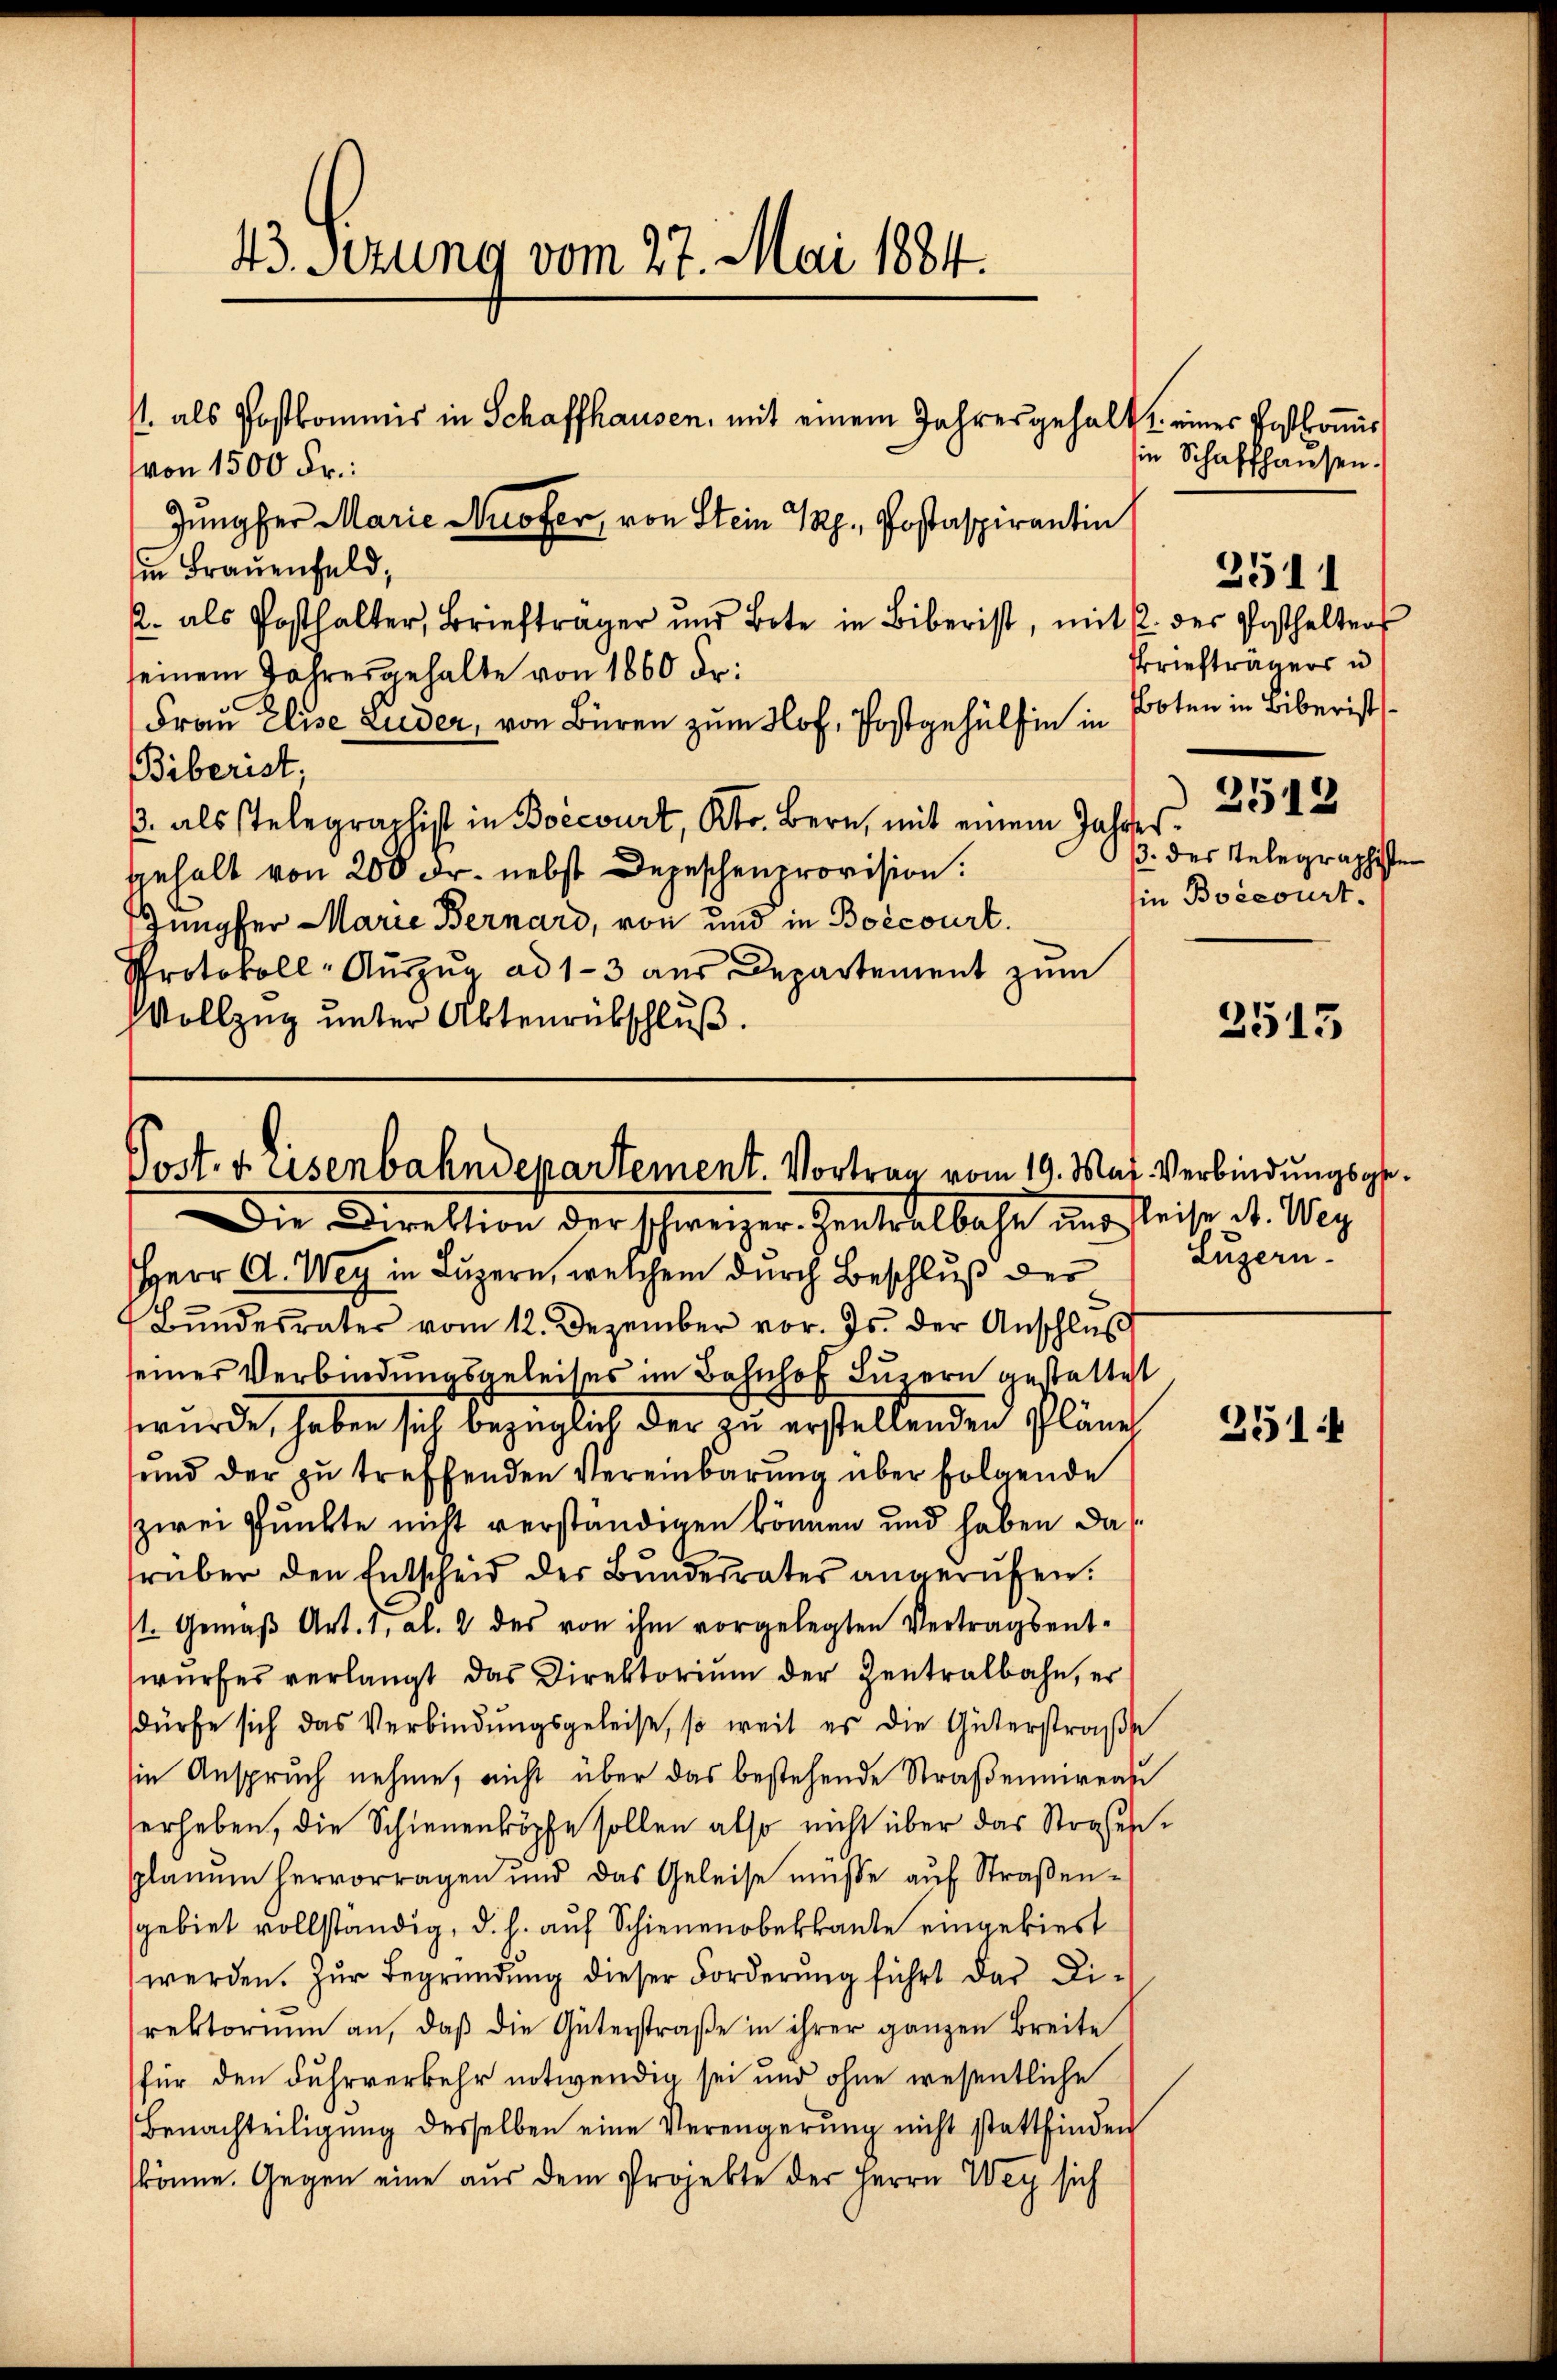
43. Sezung vom 27. Mai 1884.
/. als Postkommis in Schaffhausen, mit einem Jahresgehalt u. eines Postkomis
von 1500 Fr.:

Jungfer Marie Profer, von Stein Rp., Postaspirantin
in Brauenfeld,
. als Posthalter, Brieftrager und Bote in Biberist, mit 1. der Posthalter
seinem Jahresgehalte von 1860 Fr.
Frau Elise Luder, von Büren zum Hof, Postgehülfen in Boten in Biberist
Biberist,
. als stelegraphist in Boecourt, Kt. Bern, mit einem Jahres
gehalt von 200 Fr. nebst Depeschenprovision.
Jüngster Marie Bernard, von und in Boecourt.
Protokoll-Auszug ad 1-3 aus Departement zum
Vollzug unter Abtenrübschluß.

Post. Eisenbahndepartement. Vortrag vom 19. Mai. Verbindungsge¬
Die Direktion der schweizer-Zentralbahn und Reise d. Wey

2511
Briefträgers u
2512
/3. des Telegraphisten
Ein Boscourt

Herr A. Weg in Luzern, welchem durch Beschluß der Luzern.
Bŭndesrater vom 12. Dezember vor. Js. der Anschluß
seines Verbindungsgeleises im Bahnhof Luzern gestattet
wurde, haben sich bezüglich der zu erstellenden Pläne
end der zŭ treffenden Vereinbarŭng über folgende
zwei Punkte nicht verständigen können und haben das
rüber den Entscheid der Bŭndesrates angerufen.
1. Gemäβ Art. 1, Al. 2 des von ihm vorgelegten Vertragsent-
wŭrfes verlangt das Direktoriŭm der Zentralbahn, er
dürfe sich das Verbindŭngsgeleise, so weit es die Güterstraβe
sin Anspruch nehme, nicht über das bestehende Straßenuirend
erheben, die Schienenköpfe sollen also nicht über das Straßensplanum hervorragen und das Geleise müsse aŭf Straβen-
gebiet vollständig, d. h. auf Schienenoberkante eingebiert
werden. Zur Begründung dieser Forderŭng führt der Direktorium an, daβ die Güterstraβe in ihrer ganzen Breite
für den Fuhrverkehr notwendig sei und ohne wesentliche
Benachteiligung desselben eine Verengerung nicht stattfinden
könne. Gegen eine aus dem Projekte der Herrn Wey sich

in Schaffhausen.

2515

251.